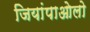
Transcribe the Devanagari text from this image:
जियांपाओलो